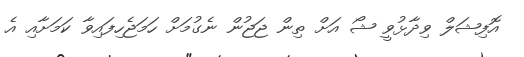
އޮފިޝަލް ވިދާޅުވީ ޝޯ އަށް ތިން ޖަޖުން ނެގުމަށް ހަމަޖެހިފައިވާ ކަމަށާއި އެ